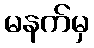
မနက်မှ